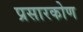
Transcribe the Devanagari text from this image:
प्रसारकोण